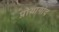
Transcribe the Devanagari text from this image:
प्रोयागांद